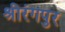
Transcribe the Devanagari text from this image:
श्रीरंगपुर